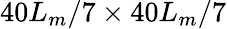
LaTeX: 40L_{m}/7\times 40L_{m}/7